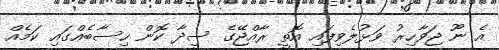
އެ ނޫ ޖަވާހިރު ވަޅުލެވިފައި އޮތީ ރާއްޖޭގެ ސީދާ ކޮން ހިސާބެއްގައި ކަމެއް